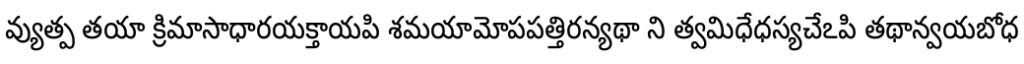
వ్యుత్ప తయా క్రిమాసాధారయక్తాయపి శమయామోపపత్తిరన్యథా ని త్వమిధేధస్యచేఽపి తథాన్వయబోధ